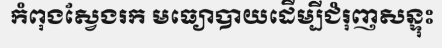
កំពុងស្វែងរក មធ្យោបាយដើម្បីជំរុញសន្ទុះ